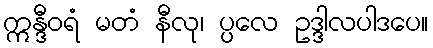
ဣန္ဒီဝရံ မတံ နီလု၊ ပ္ပလေ ဥဒ္ဒါလပါဒပေ။